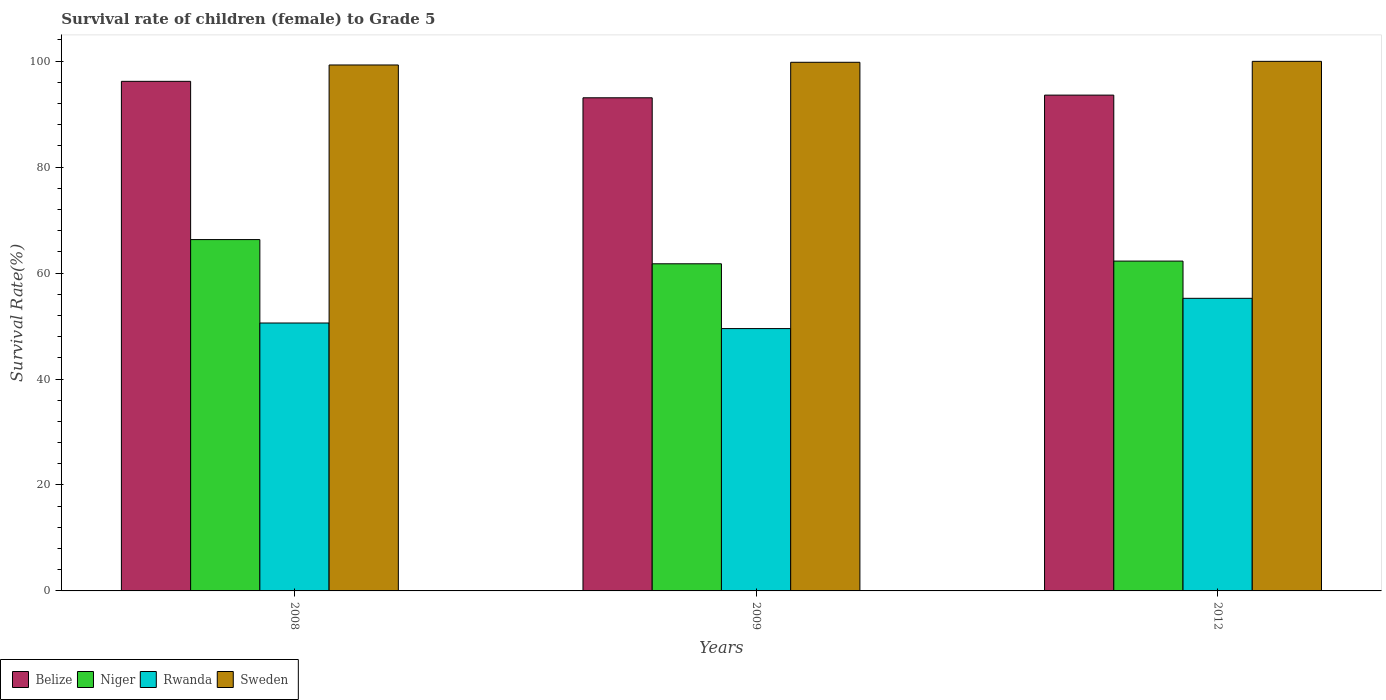
| Years | Belize | Niger | Rwanda | Sweden |
 | --- | --- | --- | --- | --- |
 | 2008 | 96.2 | 66.3 | 50.6 | 99.3 |
 | 2009 | 93.1 | 61.8 | 49.5 | 99.8 |
 | 2012 | 93.6 | 62.3 | 55.2 | 100 |